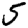
Digit: 5